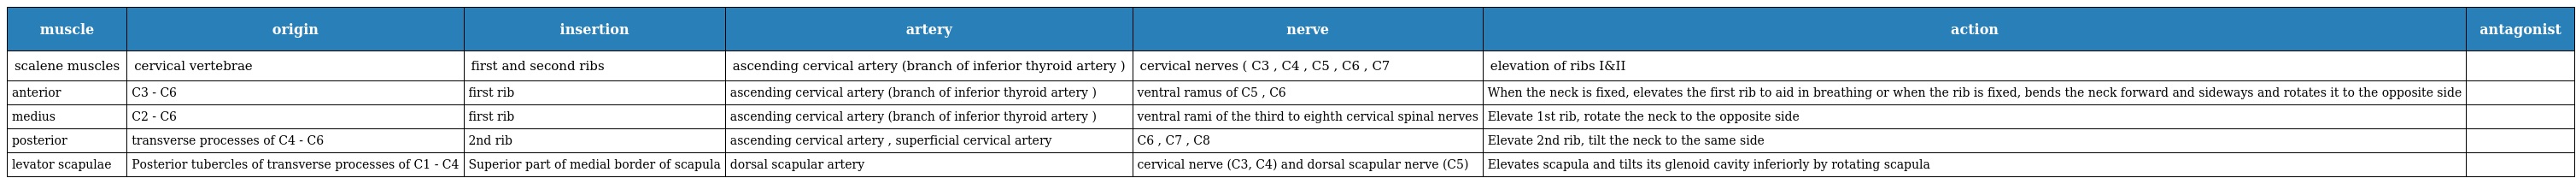
| muscle | origin | insertion | artery | nerve | action | antagonist |
 | --- | --- | --- | --- | --- | --- | --- |
 | scalene muscles | cervical vertebrae | first and second ribs | ascending cervical artery (branch of inferior thyroid artery ) | cervical nerves ( C3 , C4 , C5 , C6 , C7 | elevation of ribs I&II |  |
 | anterior | C3 - C6 | first rib | ascending cervical artery (branch of inferior thyroid artery ) | ventral ramus of C5 , C6 | When the neck is fixed, elevates the first rib to aid in breathing or when the rib is fixed, bends the neck forward and sideways and rotates it to the opposite side |  |
 | medius | C2 - C6 | first rib | ascending cervical artery (branch of inferior thyroid artery ) | ventral rami of the third to eighth cervical spinal nerves | Elevate 1st rib, rotate the neck to the opposite side |  |
 | posterior | transverse processes of C4 - C6 | 2nd rib | ascending cervical artery , superficial cervical artery | C6 , C7 , C8 | Elevate 2nd rib, tilt the neck to the same side |  |
 | levator scapulae | Posterior tubercles of transverse processes of C1 - C4 | Superior part of medial border of scapula | dorsal scapular artery | cervical nerve (C3, C4) and dorsal scapular nerve (C5) | Elevates scapula and tilts its glenoid cavity inferiorly by rotating scapula |  |